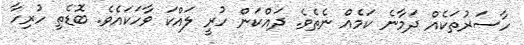
ހާސަރުތަކެއް ދަމާނެ ކަމެއް ނެތެވެ. ދައްކަން ހުރީ ލައްކަ ވާހަކައެވެ. ބޮޑެތި ހުރިހާ